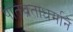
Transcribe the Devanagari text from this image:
पतिव्रताधर्माने